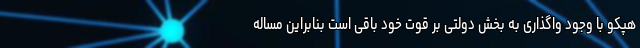
هپکو با وجود واگذاری به بخش دولتی بر قوت خود باقی است بنابراین مساله